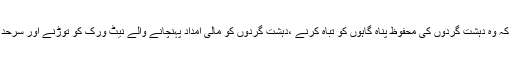
دونوں ملکوں نے دنیا کے تمام ممالک سے یہ اپیل بھی کی کہ وہ دہشت گردوں کی محفوظ پناہ گاہوں کو تباہ کرنے ،دہشت گردوں کو مالی امداد پہنچانے والے نیٹ ورک کو توڑنے اور سرحد پار کی دہشت گردی کو روکنے کے لئے مل کر کام کریں۔